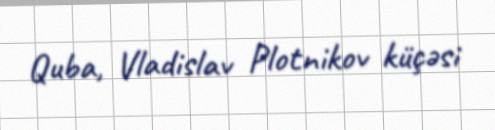
Quba, Vladislav Plotnikov küçəsi